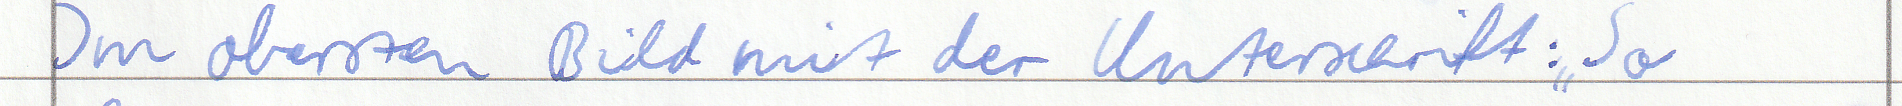
Im obersten Bild mit der Unterschrift: "So